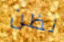
نظن